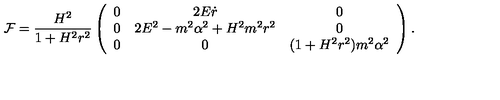
{ \cal F } = \frac { H ^ { 2 } } { 1 + H ^ { 2 } r ^ { 2 } } \left( \begin{array} { c c c } { 0 } & { 2 E \dot { r } } & { 0 } \\ { 0 } & { 2 E ^ { 2 } - m ^ { 2 } \alpha ^ { 2 } + H ^ { 2 } m ^ { 2 } r ^ { 2 } } & { 0 } \\ { 0 } & { 0 } & { ( 1 + H ^ { 2 } r ^ { 2 } ) m ^ { 2 } \alpha ^ { 2 } } \\ \end{array} \right) .